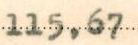
115,67